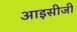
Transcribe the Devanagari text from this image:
आइसीजी